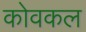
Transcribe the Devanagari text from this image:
कोवकल